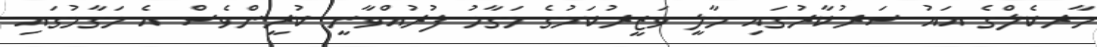
މާރކެލްގެ އައު ސަރުކާރުގައި މާލީ ވަޒީރުކަމުގެ މަގާމު ފުރުއްވާނީ ކުރީންވެސް އެ މަގާމުގައި